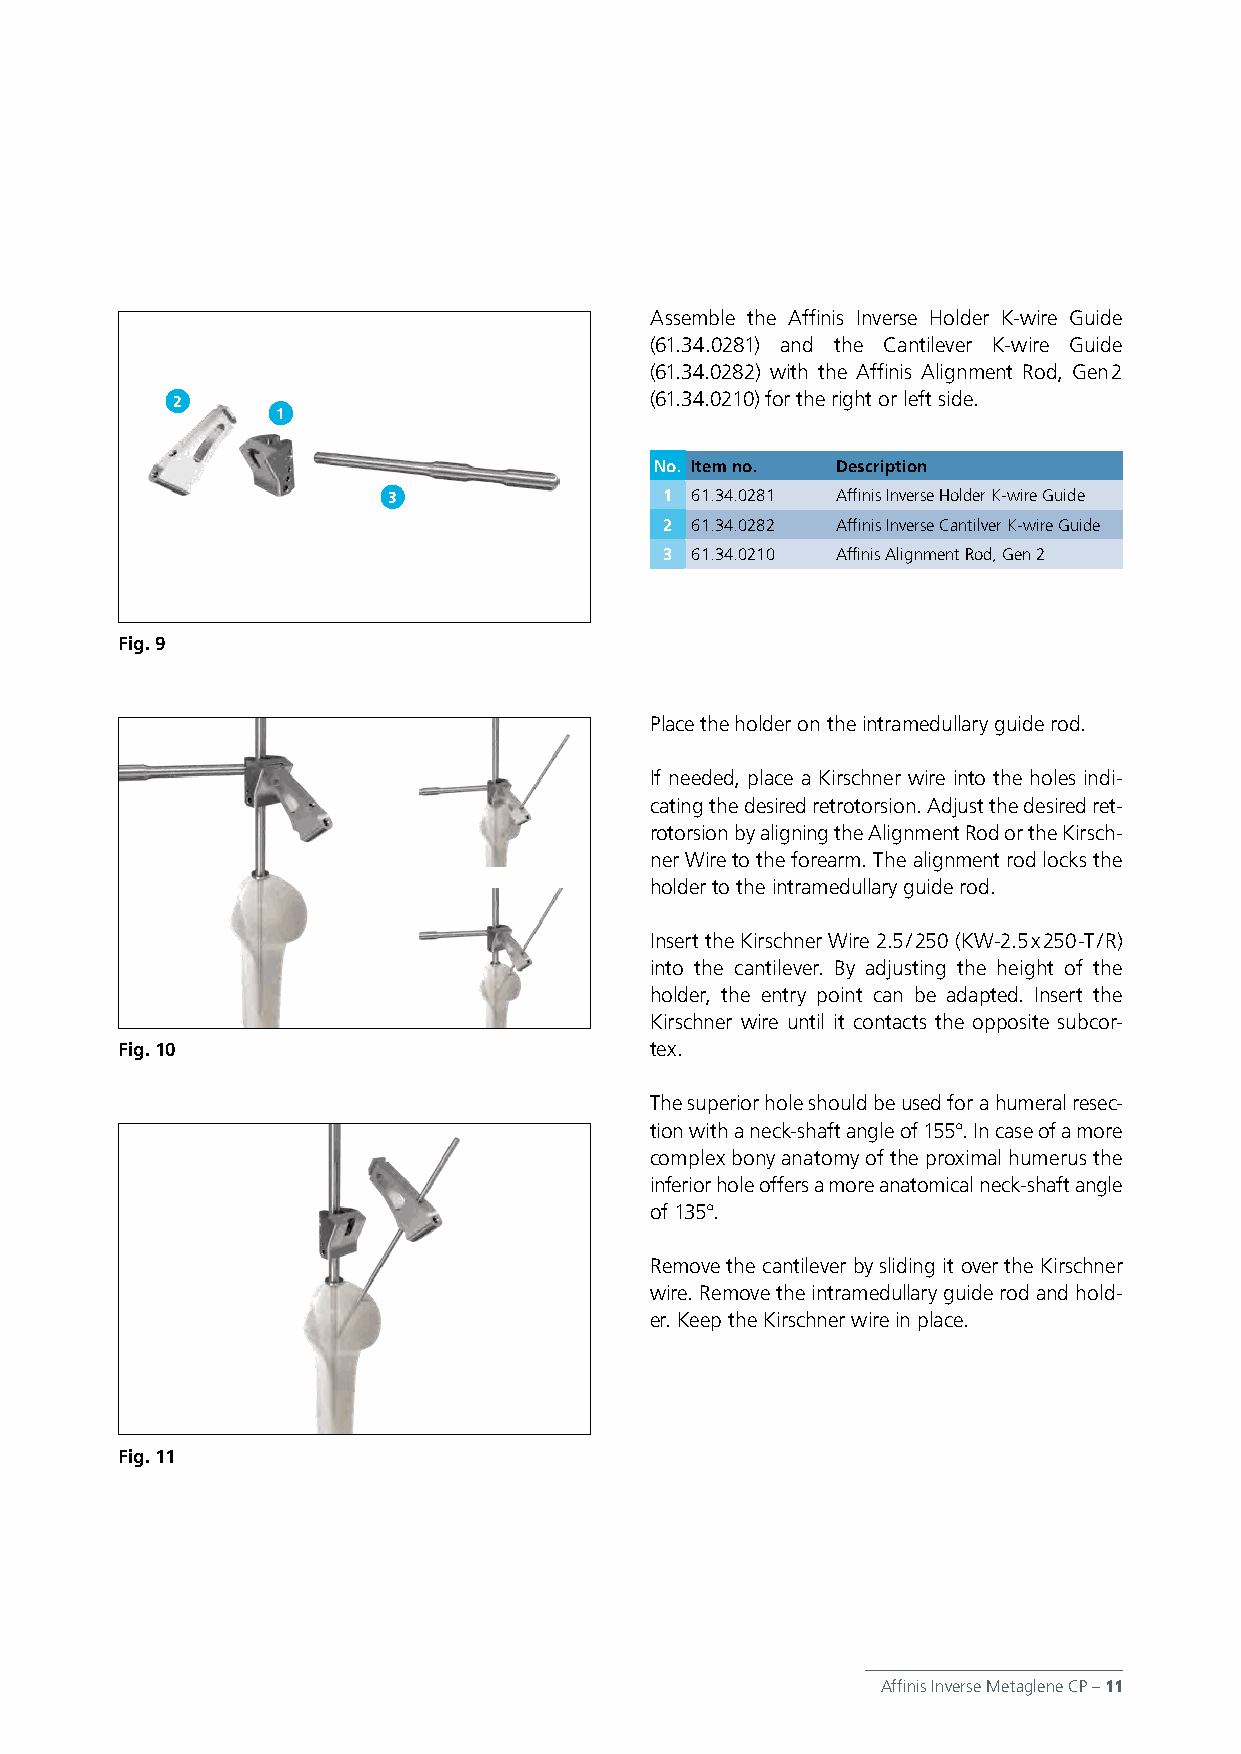
Assemble the Affinis Inverse Holder K-wire Guide
 (61.34.0281) and the Cantilever K-wire Guide
 (61.34.0282) with the Affinis Alignment Rod, Gen 2
 2                               (61.34.0210) for the right or left side.
 1
 No. Item no. Description
 3                 1 61.34.0281 Affinis Inverse Holder K-wire Guide
 2 61.34.0282 Affinis Inverse Cantilver K-wire Guide
 3 61.34.0210 Affinis Alignment Rod, Gen 2
 Fig. 9
 Place the holder on the intramedullary guide rod.
 If needed, place a Kirschner wire into the holes indi-
 cating the desired retrotorsion. Adjust the desired ret-
 rotorsion by aligning the Alignment Rod or the Kirsch-
 ner Wire to the forearm. The alignment rod locks the
 holder to the intramedullary guide rod.
 Insert the Kirschner Wire 2.5 / 250 (KW-2.5 x 250-T / R)
 into the cantilever. By adjusting the height of the
 holder, the entry point can be adapted. Insert the
 Kirschner wire until it contacts the opposite subcor-
 Fig. 10                            tex.
 The superior hole should be used for a humeral resec-
 tion with a neck-shaft angle of 155°. In case of a more
 complex bony anatomy of the proximal humerus the
 inferior hole offers a more anatomical neck-shaft angle
 of 135°.
 Remove the cantilever by sliding it over the Kirschner
 wire. Remove the intramedullary guide rod and hold-
 er. Keep the Kirschner wire in place.
 Fig. 11
 Affinis Inverse Metaglene CP – 11